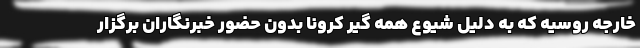
خارجه روسیه که به دلیل شیوع همه گیر کرونا بدون حضور خبرنگاران برگزار